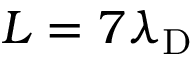
L = 7 \lambda _ { \mathrm { D } }